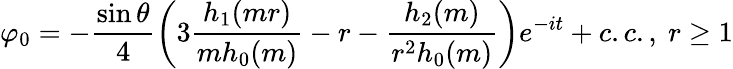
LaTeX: \varphi_{0}=-\frac{\sin\theta}{4}\left(3\frac{h_{1}(mr)}{mh_{0}(m)}-r-\frac{h_{2}(m)}{r^{2}h_{0}(m)}\right)e^{-it}+c.c.,~r\geq 1